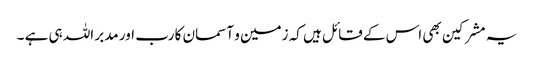
یہ مشرکین بھی اس کے قائل ہیں کہ زمین و آسمان کا رب اور مدبر اللہ ہی ہے ۔